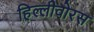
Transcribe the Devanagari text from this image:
हिल्लीवोरस